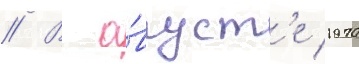
// В а́вгуст'е 1970